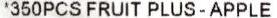
*350PCS FRUIT PLUS-APPLE